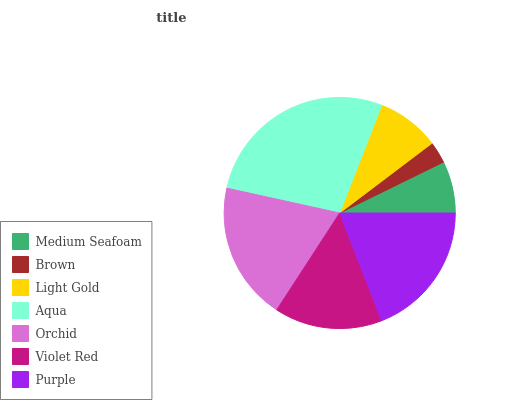
| Medium Seafoam | Brown | Light Gold | Aqua | Orchid | Violet Red | Purple |
 | --- | --- | --- | --- | --- | --- | --- |
 | 7.27% | 3.04% | 8.78% | 27.5% | 19.2% | 15.1% | 19.1% |